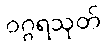
ဝဂ္ဂရသုတ်